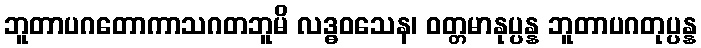
ဘူတာပဂတောကာသဂတဘူမိ လဒ္ဓဝသေန၊ ဝတ္တမာနုပ္ပန္န ဘူတာပဂတုပ္ပန္န